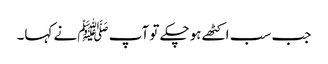
جب سب اکٹھے ہوچکے تو آپ ﷺنے کہا۔